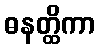
ဓနတ္ထိကာ